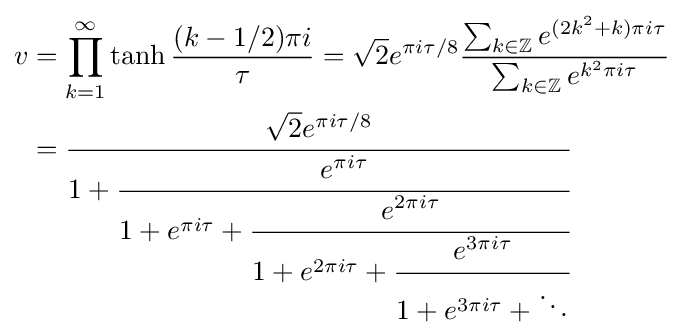
{\begin{aligned}v&=\prod _{k=1}^{\infty }\tanh {\frac {(k-1/2)\pi i}{\tau }}={\sqrt {2}}e^{\pi i\tau /8}{\frac {\sum _{k\in \mathbb {Z} }e^{(2k^{2}+k)\pi i\tau }}{\sum _{k\in \mathbb {Z} }e^{k^{2}\pi i\tau }}}\\&={\cfrac {{\sqrt {2}}e^{\pi i\tau /8}}{1+{\cfrac {e^{\pi i\tau }}{1+e^{\pi i\tau }+{\cfrac {e^{2\pi i\tau }}{1+e^{2\pi i\tau }+{\cfrac {e^{3\pi i\tau }}{1+e^{3\pi i\tau }+\ddots }}}}}}}}\end{aligned}}